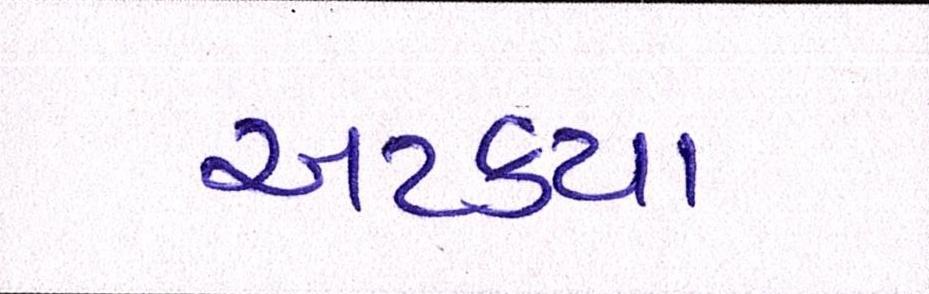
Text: અટક્યા